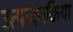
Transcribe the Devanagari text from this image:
उत्पादनक्रिया